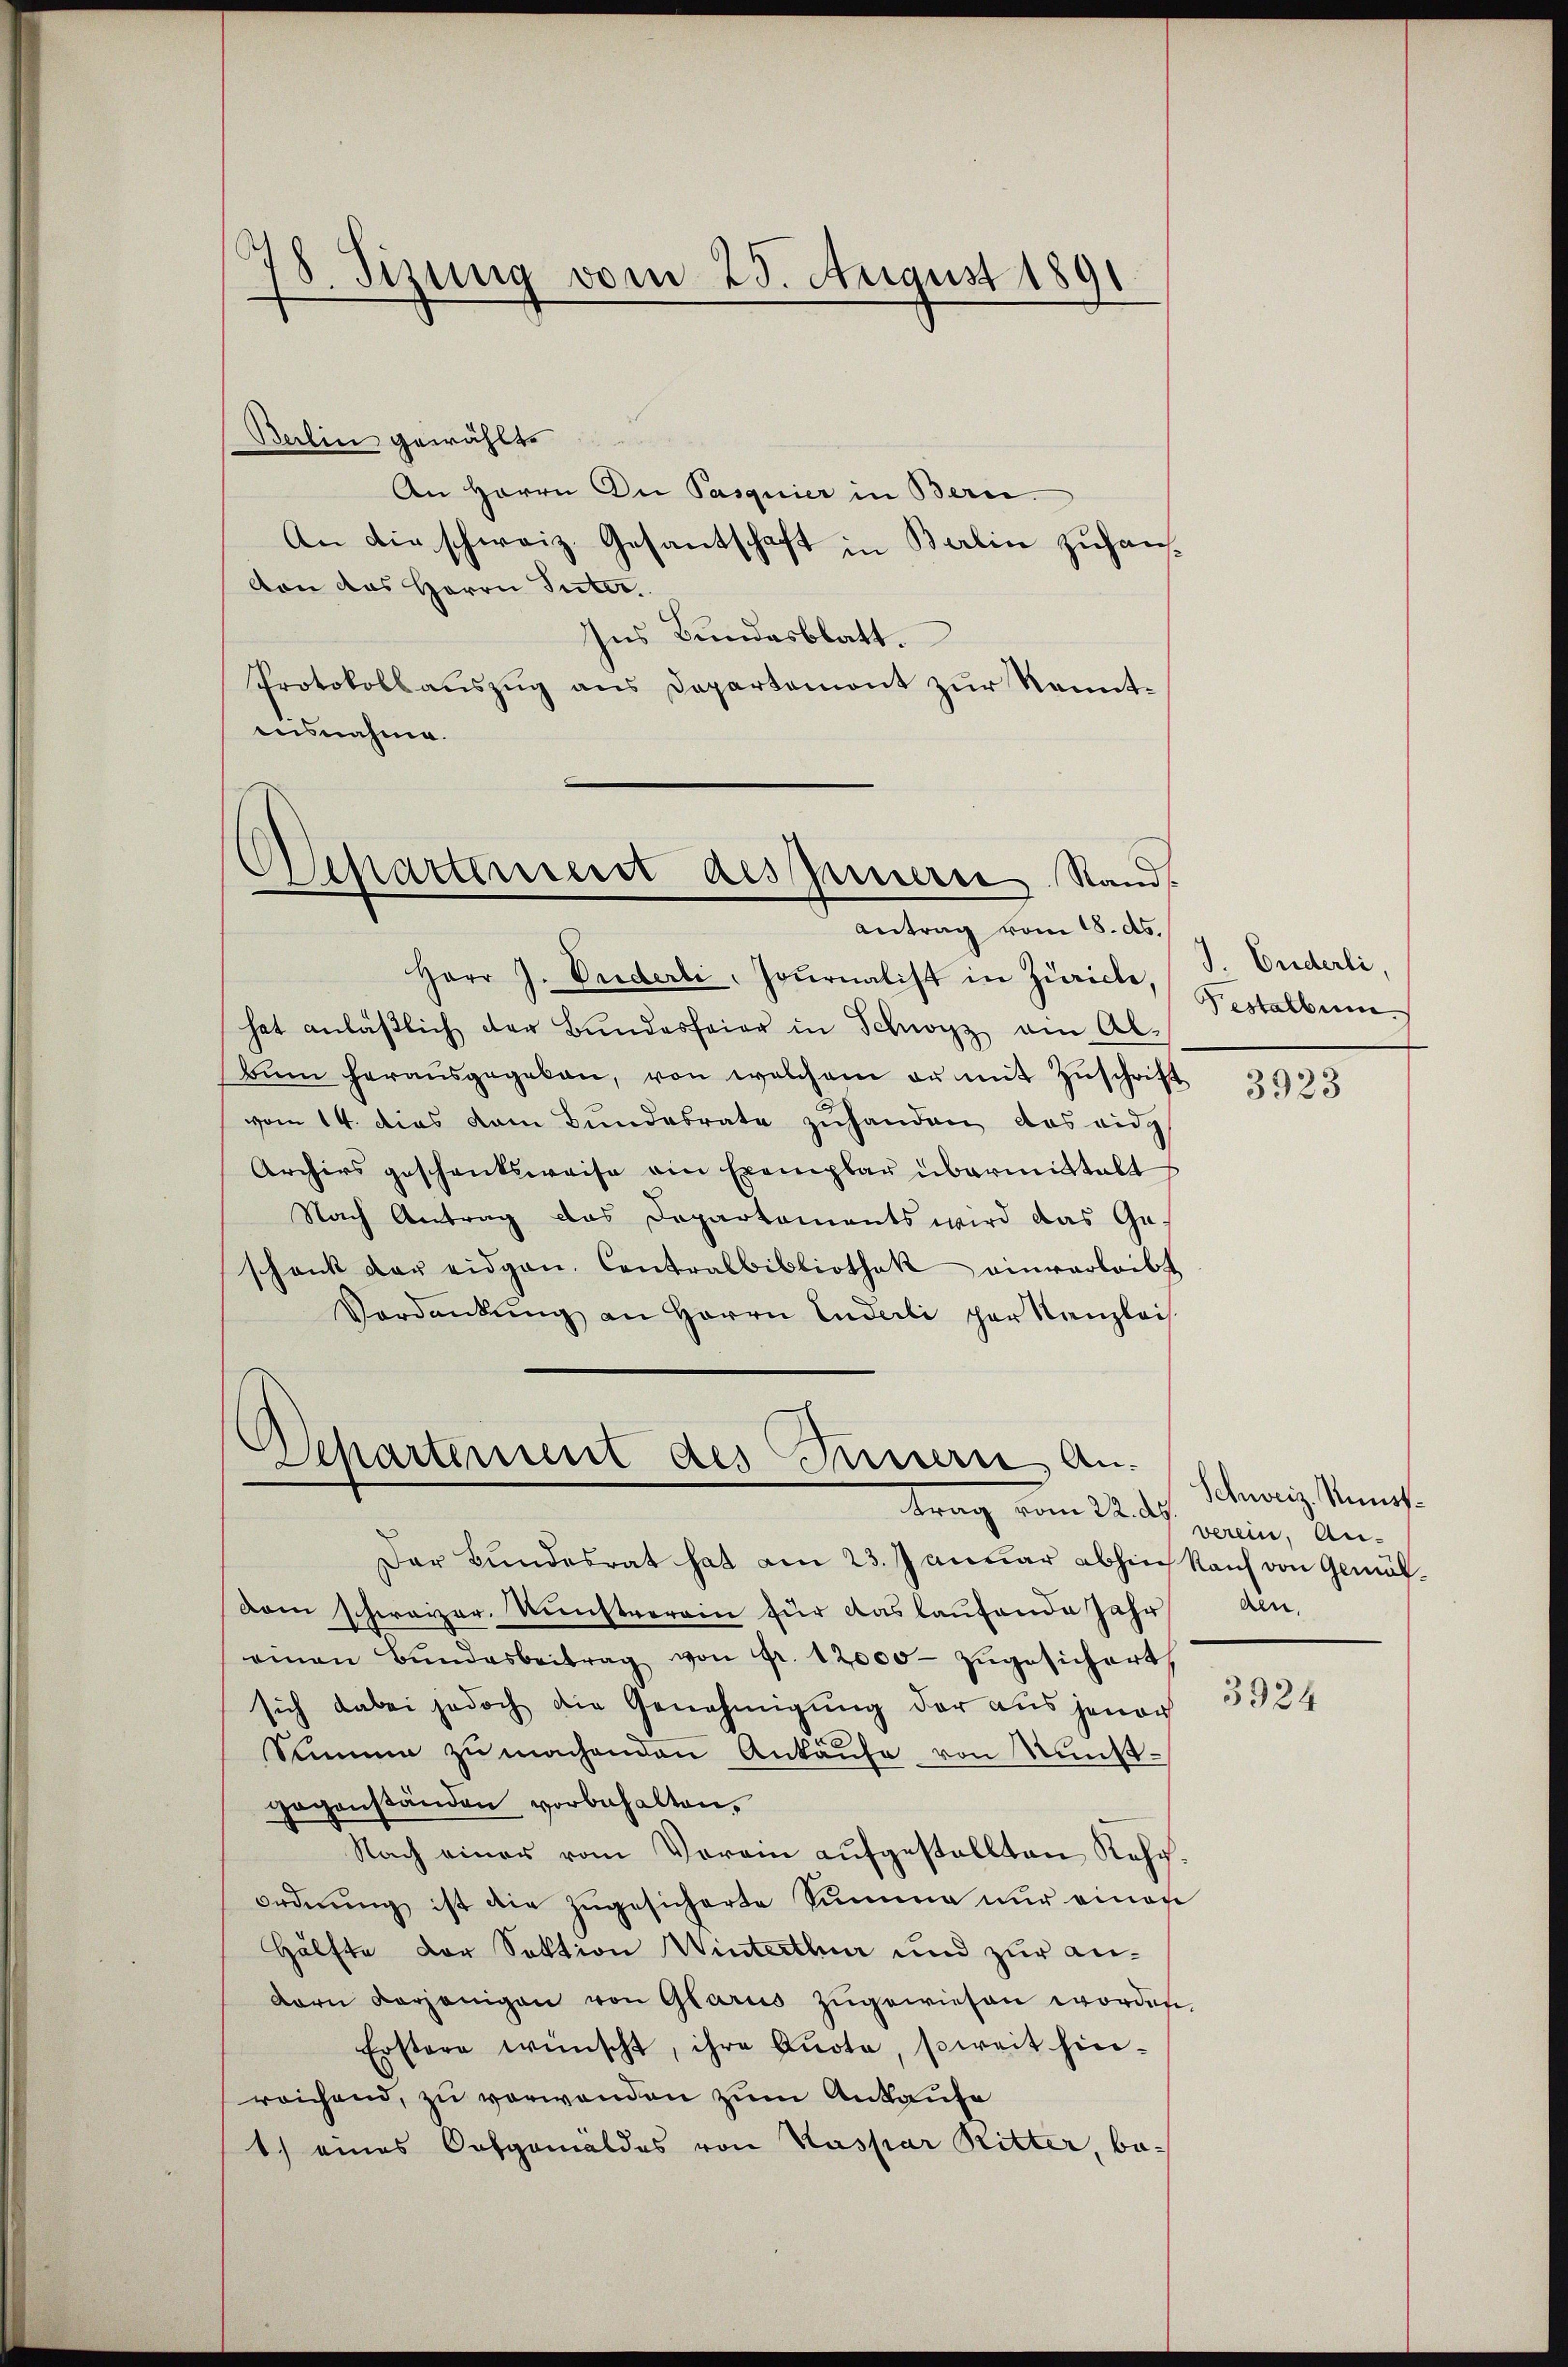
78. Sizung vom 25. August 1891

Antrag vom 18. ds.

Berlin gewählt.
An Herrn Die Pasquier in Bern.
An die schweiz. Gesantschaft in Berlin zuhan
von das Herrn Inter
Ins Bundesblatt.
Protokollauszug aus Departemont zur Kenntausnahme.
Departement des Innern Stand

Herr J. Vriderli, Journalist in Zürich
hat anläβlich der Bŭndesfeier in Schwyz am Albŭm herausgegeben, von welchem er mit Zŭschrift
vom 14. dies dem Bundesrate zuhanden das eidg
Archivs geschentsweise ain Exemplar übermittalt
Nach Antrag das Departaments wird das Ge-
schank der eidgan. Contralbibliothek einverleibt
Verdankung an Herrn Enderli par Kanzlei

Departement des Innern Andrung vom 24. d.

J. Enderli,
Pestaltun

Der Bundesrat hat am 23. Januar abhin Kauf von Gemütdam schweizer, Kunstverein für das laufende Jahr
einen Bŭndesbeitrag von fr. 12000 zugesichert,
sich dabei jedoch die Genehmigung der aus jenach
Simme zu machenden Ankäufe von Kunstgegenständen vorbehalten.
Nach einer vom Verein aufgestellten Rehr
ordnŭng ist die zŭgesicherte Summe nur einen
Hälfte Dor Sektion Winterthur und zur andorn derjenigen von Glarus zugewiesen worden,
Erstere wünscht, ihre Quote, soweit hin-
reichend, zu verwenden zum Ankaufe
1.) eines Orfgemäldes von Kaspar Ritter, bo¬

3923

Schweiz. Kunst.
verein, Anden.

3924